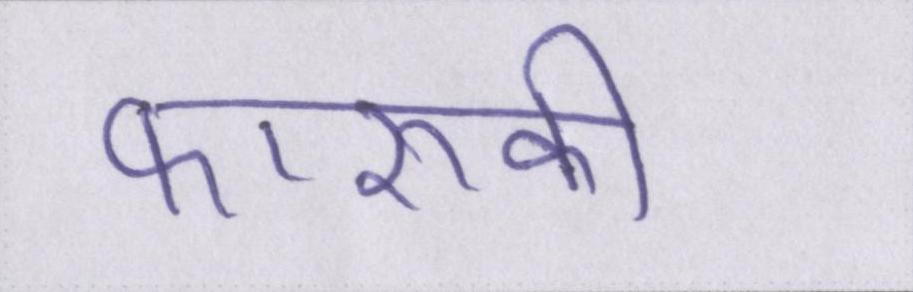
फारूकी